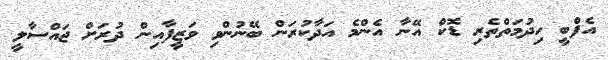
އެފްބީ ހިދުމަތްތެރި ޑޮކް އޭނާ އެންމެ އަދާކުރަން ބޭނުންވި ވަޒީފާއިން ދުރަށް ޖައްސާލީ